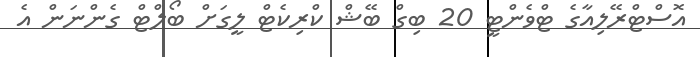
އޮސްޓްރޭލިއާގެ ޓްވެންޓީ 20 ބިގް ބޭޝް ކްރިކެޓް ލީގަށް ބޯލްޓް ގެންނަން އެ